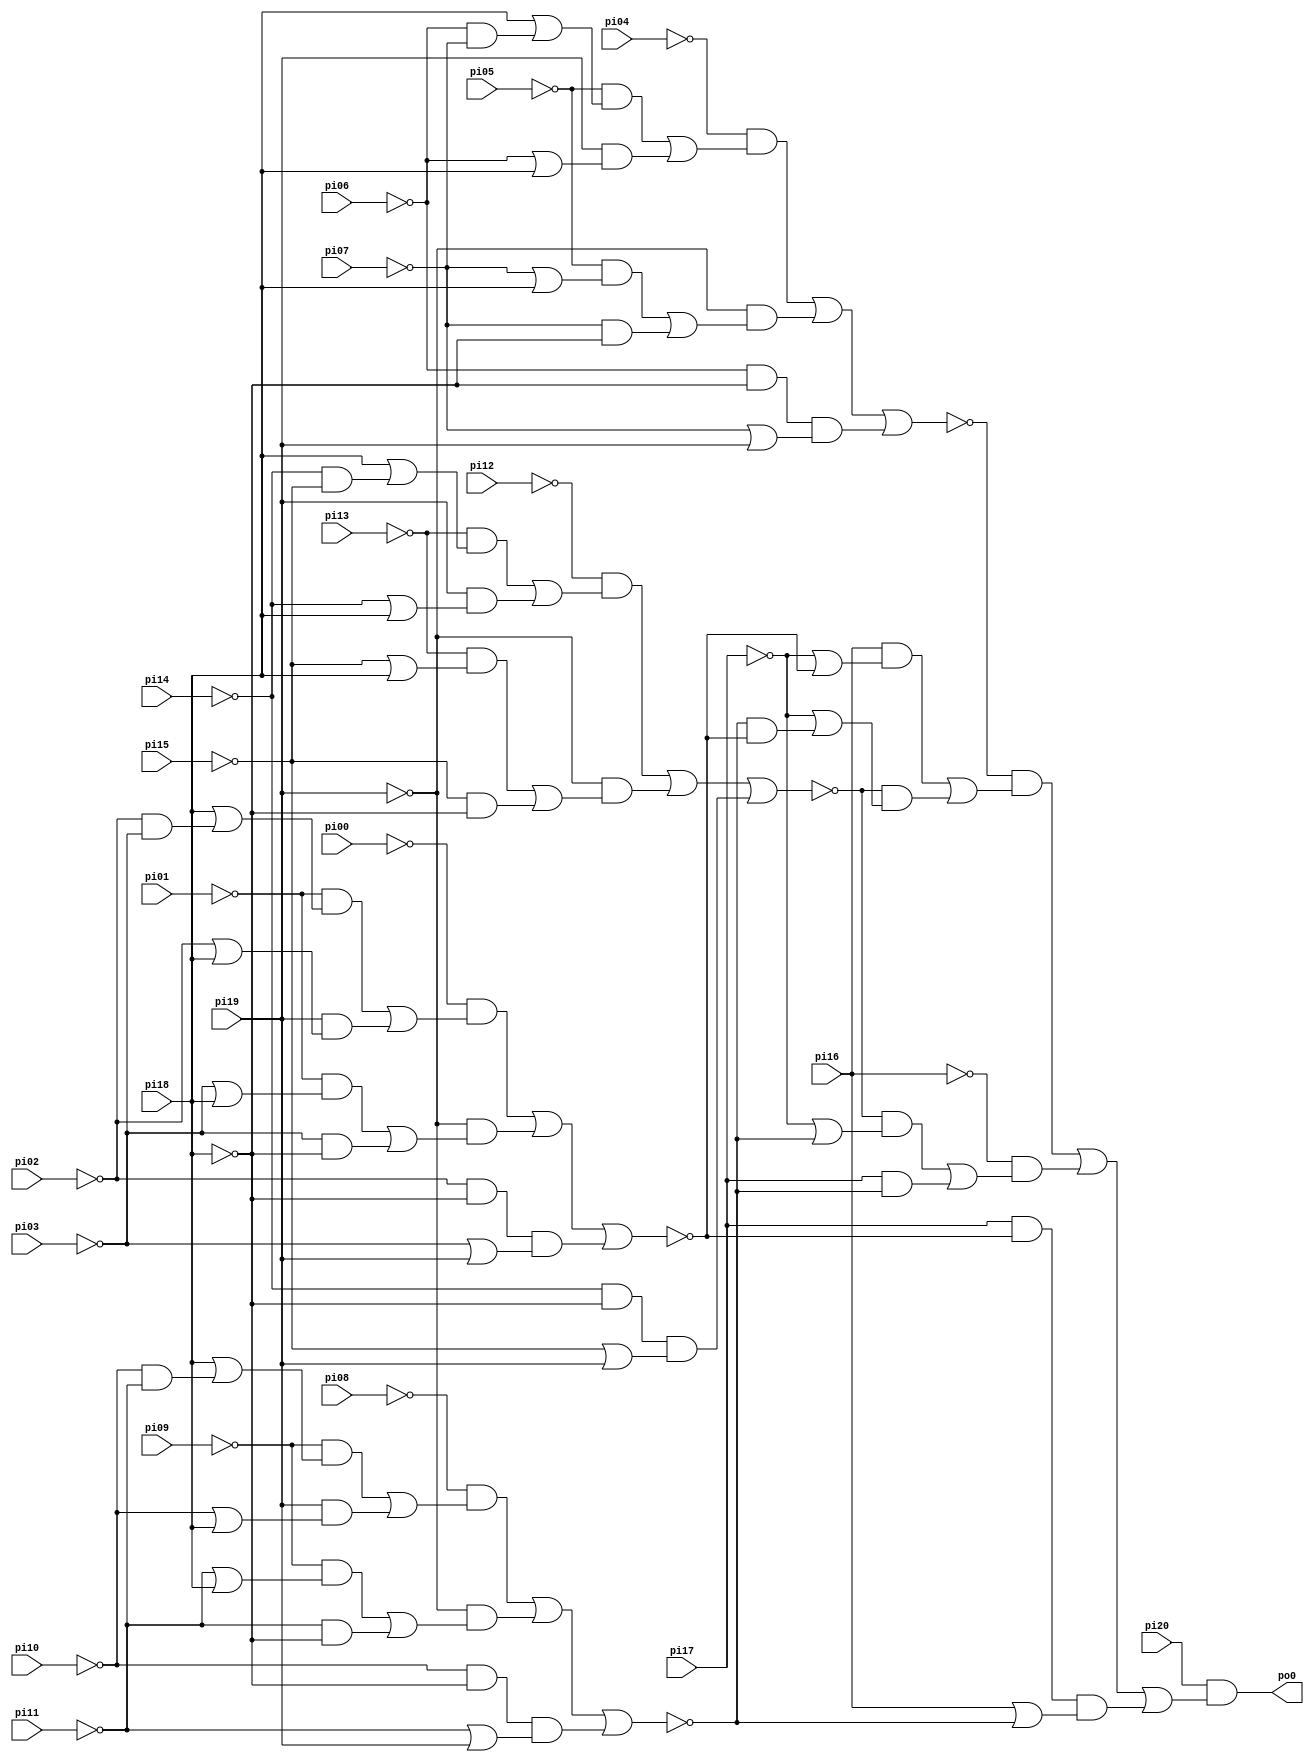
// Benchmark "mux" written by ABC on Thu Mar 19 13:02:36 2020

module mux ( 
    pi00, pi01, pi02, pi03, pi04, pi05, pi06, pi07, pi08, pi09, pi10, pi11,
    pi12, pi13, pi14, pi15, pi16, pi17, pi18, pi19, pi20,
    po0  );
  input  pi00, pi01, pi02, pi03, pi04, pi05, pi06, pi07, pi08, pi09,
    pi10, pi11, pi12, pi13, pi14, pi15, pi16, pi17, pi18, pi19, pi20;
  output po0;
  wire new_n24_, new_n25_, new_n26_, new_n27_, new_n28_;
  assign po0 = pi20 & new_n28_;
  assign new_n24_ = (~pi12 & ((~pi13 & (pi18 | (~pi14 & ~pi15))) | (pi19 & (~pi14 | pi18)))) | (~pi19 & ((~pi13 & (~pi15 | pi18)) | (~pi15 & ~pi18))) | (~pi14 & ~pi18 & (~pi15 | pi19));
  assign new_n25_ = (~pi08 & ((~pi09 & (pi18 | (~pi10 & ~pi11))) | (pi19 & (~pi10 | pi18)))) | (~pi19 & ((~pi09 & (~pi11 | pi18)) | (~pi11 & ~pi18))) | (~pi10 & ~pi18 & (~pi11 | pi19));
  assign new_n26_ = (~pi04 & ((~pi05 & (pi18 | (~pi06 & ~pi07))) | (pi19 & (~pi06 | pi18)))) | (~pi19 & ((~pi05 & (~pi07 | pi18)) | (~pi07 & ~pi18))) | (~pi06 & ~pi18 & (~pi07 | pi19));
  assign new_n27_ = (~pi00 & ((~pi01 & (pi18 | (~pi02 & ~pi03))) | (pi19 & (~pi02 | pi18)))) | (~pi19 & ((~pi01 & (~pi03 | pi18)) | (~pi03 & ~pi18))) | (~pi02 & ~pi18 & (~pi03 | pi19));
  assign new_n28_ = (~new_n26_ & ((pi16 & (~pi17 | ~new_n27_)) | (~new_n24_ & (~pi17 | (~new_n25_ & ~new_n27_))))) | (~pi16 & ((~new_n24_ & (~pi17 | ~new_n25_)) | (pi17 & ~new_n25_))) | (pi17 & ~new_n27_ & (pi16 | ~new_n25_));
endmodule